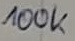
Text: 100k